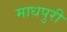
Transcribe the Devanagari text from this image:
माधपुरी